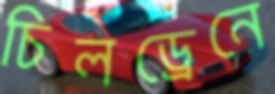
চিলড্রেনে